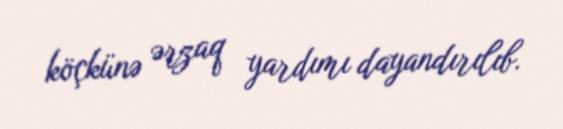
köçkünə ərzaq yardımı dayandırılıb.